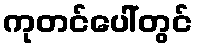
ကုတင်ပေါ်တွင်